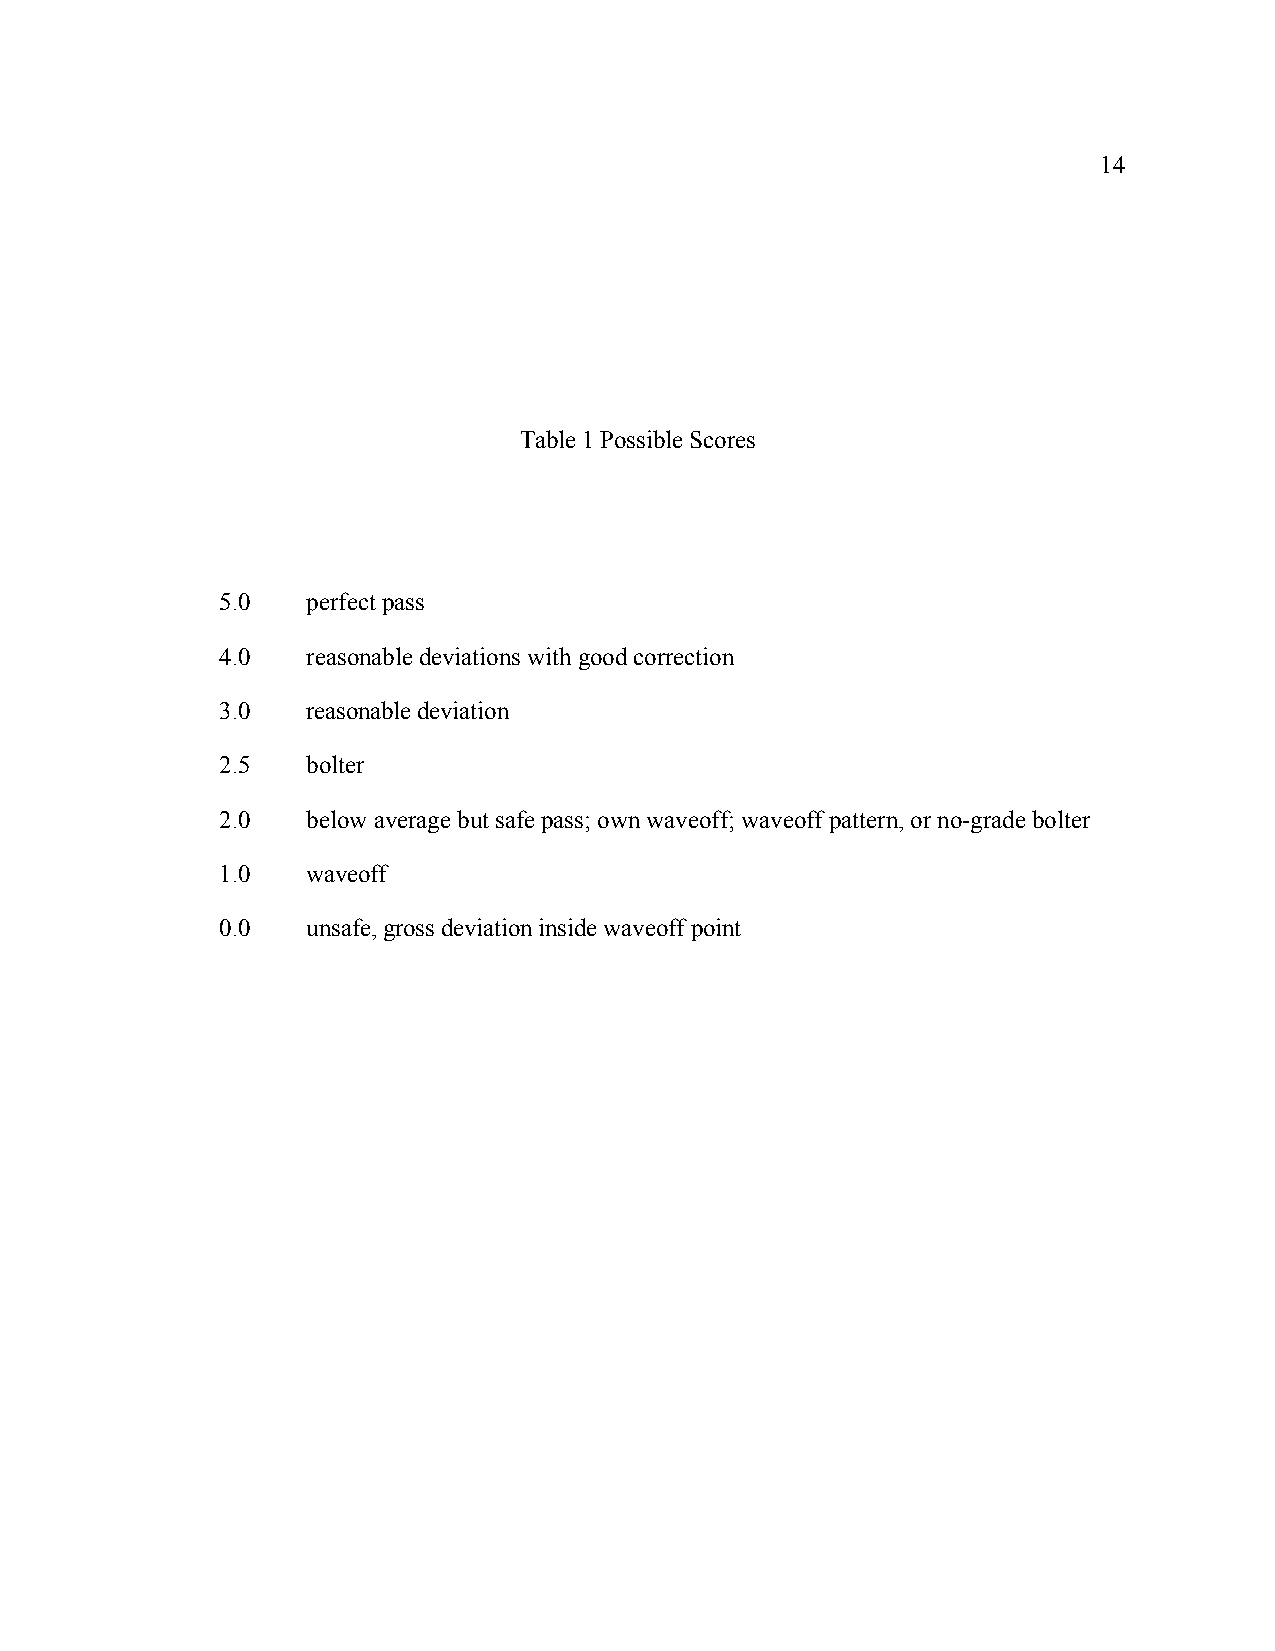
14
 Table 1 Possible Scores
 5.0   perfect pass
 4.0   reasonable deviations with good correction
 3.0   reasonable deviation
 2.5   bolter
 2.0   below average but safe pass; own waveoff; waveoff pattern, or no-grade bolter
 1.0   waveoff
 0.0   unsafe, gross deviation inside waveoff point